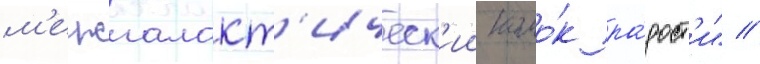
м'ежгалакт'ическ'ии комо́к ра́дост'и" //